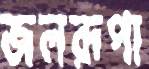
জলরূপা